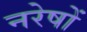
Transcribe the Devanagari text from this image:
नरेषों